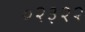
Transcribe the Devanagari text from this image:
०२३२२